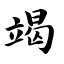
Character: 竭